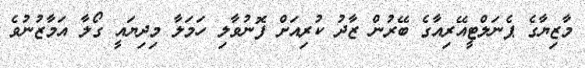
މާޒިޔާގެ ޕެނަލްޓީއޭރިއާގެ ބޭރުން ޒާދު ކުރިއަށް ފޮނުވާލި ހަމަލާ މިދިޔައީ ގޯލާ އަމާޒުނުވެ